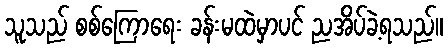
သူသည် စစ်ကြောရေး ခန်းမထဲမှာပင် ညအိပ်ခဲ့ရသည်။